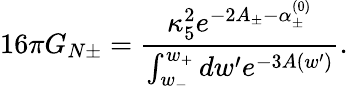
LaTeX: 16\pi G_{N\pm}=\frac{\kappa_{5}^{2}e^{-2A_{\pm}-\alpha_{\pm}^{(0)}}}{\int_{w_{-}}^{w_{+}}dw^{\prime}e^{-3A(w^{\prime})}}.